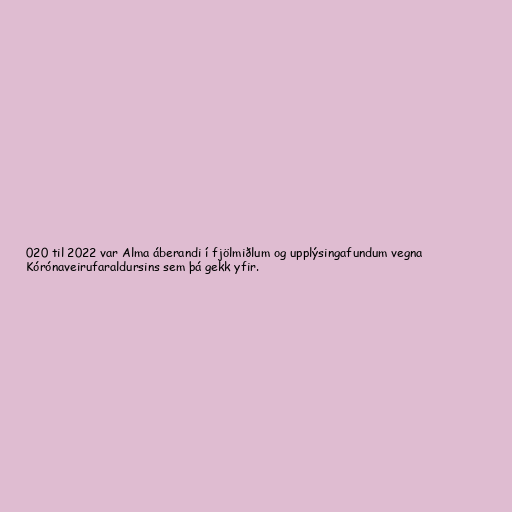
020 til 2022 var Alma áberandi í fjölmiðlum og upplýsingafundum vegna
Kórónaveirufaraldursins sem þá gekk yfir.